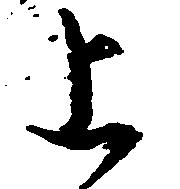
上